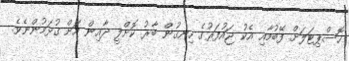
ހޮސްޕިޓަލަށް ފޭބުމާއި އެކު ޖައުފަރުގެ ހިނގުން ބާރު ކޮށްލީ ދާއިން އަށް ގުޅަމުންނެވެ.